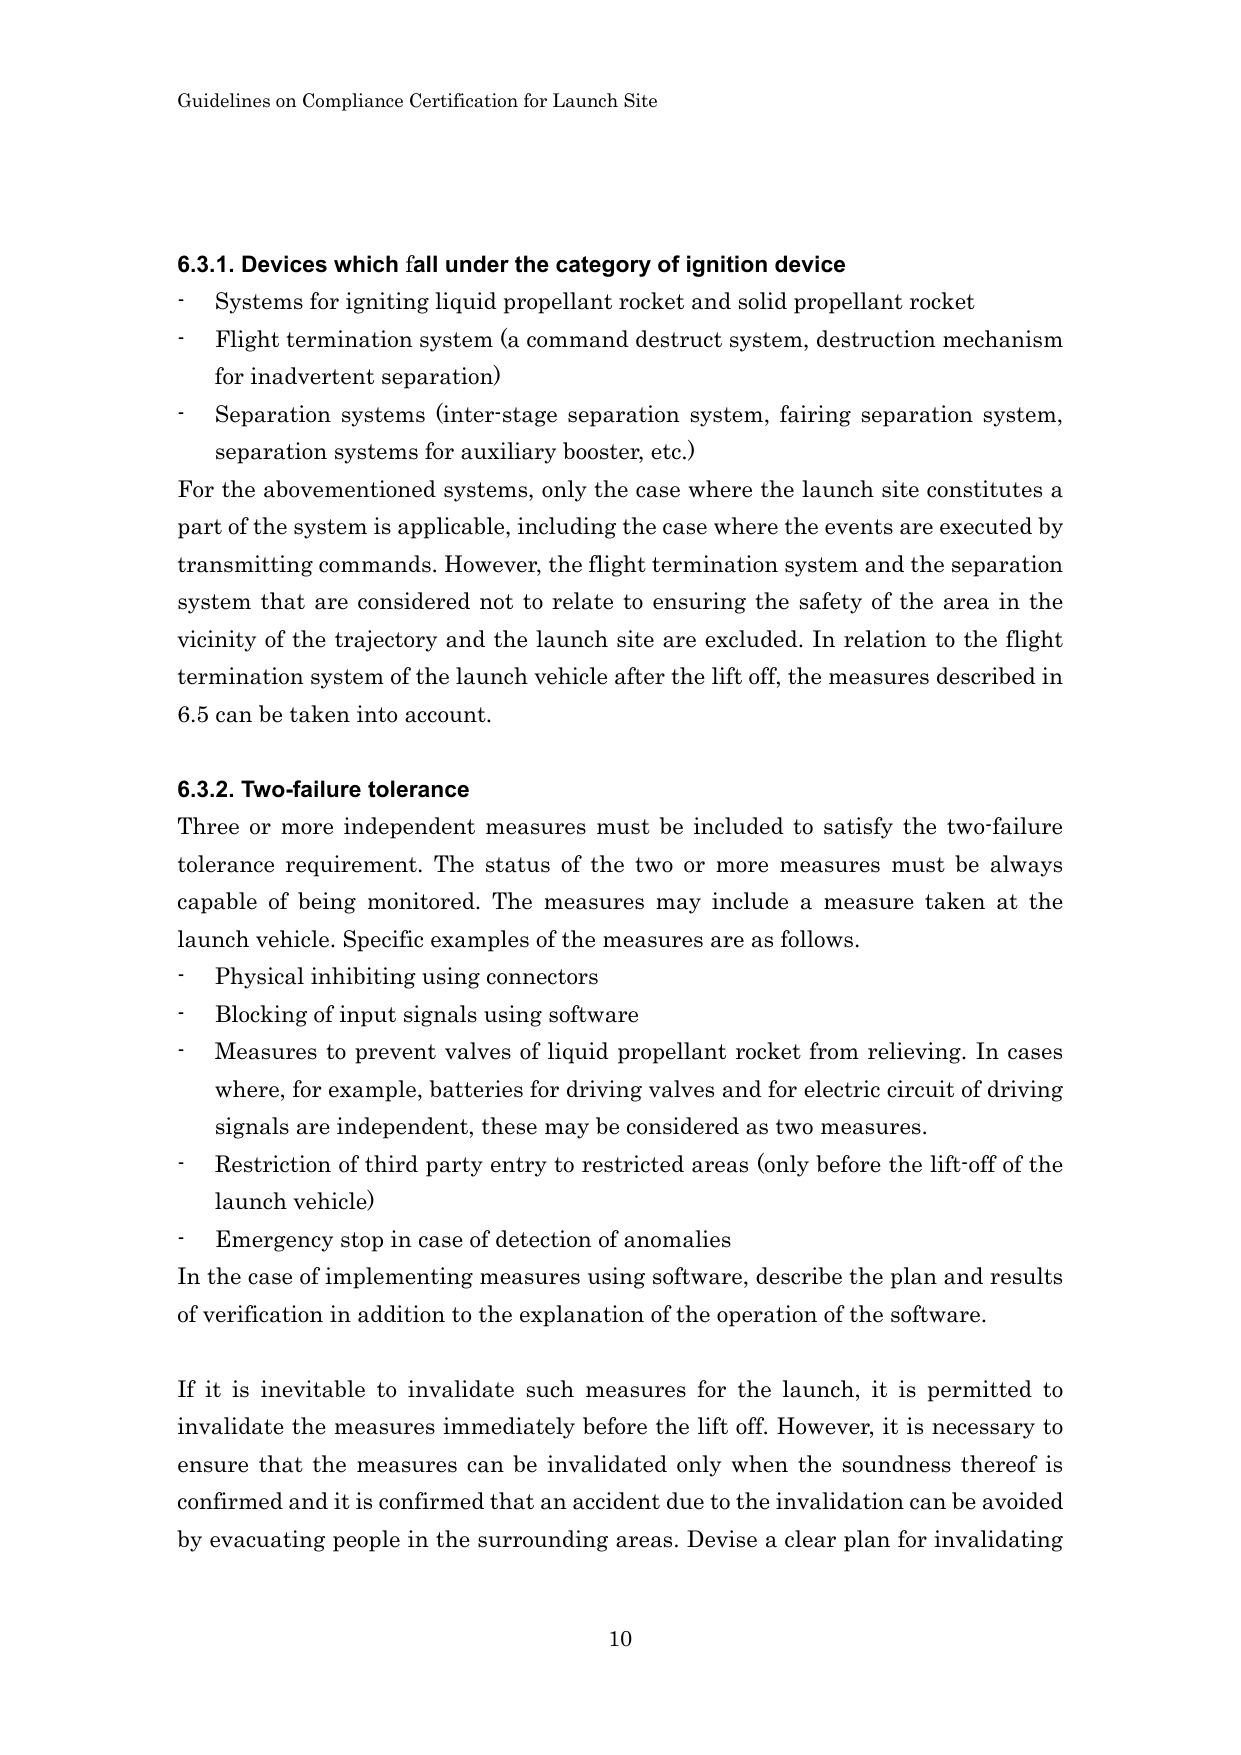
Guidelines on Compliance Certification for Launch Site

6.3.1. Devices which fall under the category of ignition device
- Systems for igniting liquid propellant rocket and solid propellant rocket
- Flight termination system (a command destruct system, destruction mechanism for inadvertent separation)
- Separation systems (inter-stage separation system, fairing separation system, separation systems for auxiliary booster, etc.)

For the abovementioned systems, only the case where the launch site constitutes a part of the system is applicable, including the case where the events are executed by transmitting commands. However, the flight termination system and the separation system that are considered not to relate to ensuring the safety of the area in the vicinity of the trajectory and the launch site are excluded. In relation to the flight termination system of the launch vehicle after the lift off, the measures described in 6.5 can be taken into account.

6.3.2. Two-failure tolerance
Three or more independent measures must be included to satisfy the two-failure tolerance requirement. The status of the two or more measures must be always capable of being monitored. The measures may include a measure taken at the launch vehicle. Specific examples of the measures are as follows.
- Physical inhibiting using connectors
- Blocking of input signals using software
- Measures to prevent valves of liquid propellant rocket from relieving. In cases where, for example, batteries for driving valves and for electric circuit of driving signals are independent, these may be considered as two measures.
- Restriction of third party entry to restricted areas (only before the lift-off of the launch vehicle)
- Emergency stop in case of detection of anomalies

In the case of implementing measures using software, describe the plan and results of verification in addition to the explanation of the operation of the software.

If it is inevitable to invalidate such measures for the launch, it is permitted to invalidate the measures immediately before the lift off. However, it is necessary to ensure that the measures can be invalidated only when the soundness thereof is confirmed and it is confirmed that an accident due to the invalidation can be avoided by evacuating people in the surrounding areas. Devise a clear plan for invalidating

10